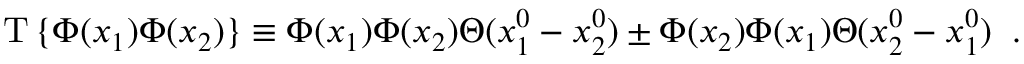
\mathrm { T } \, \{ \Phi ( x _ { 1 } ) \Phi ( x _ { 2 } ) \} \equiv \Phi ( x _ { 1 } ) \Phi ( x _ { 2 } ) \Theta ( x _ { 1 } ^ { 0 } - x _ { 2 } ^ { 0 } ) \pm \Phi ( x _ { 2 } ) \Phi ( x _ { 1 } ) \Theta ( x _ { 2 } ^ { 0 } - x _ { 1 } ^ { 0 } ) \; \; .